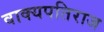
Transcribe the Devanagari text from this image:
वाक्यपतिराज